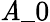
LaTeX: \mathit{A}\_ 0